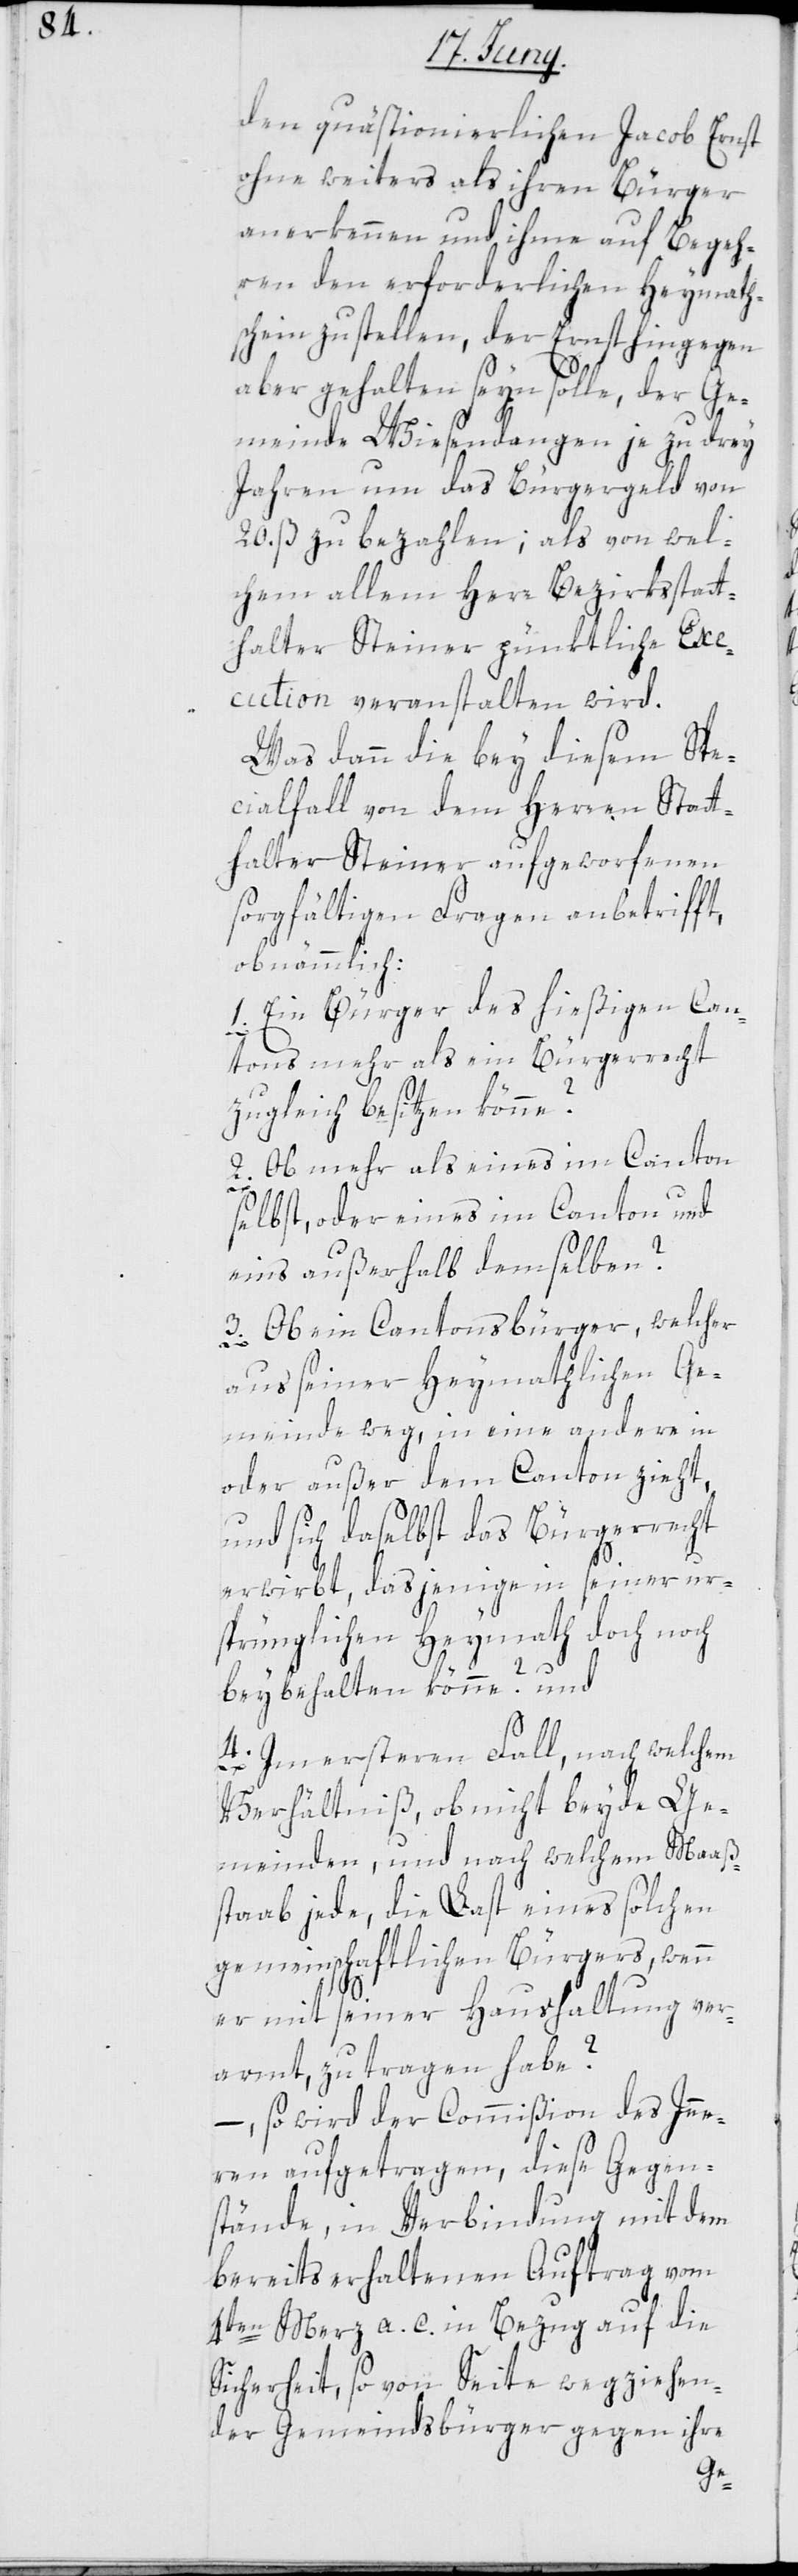
den quästionierlichen Jacob Ernst
ohne weiters als ihren Bürger
anerkennen und ihme auf Begeh¬
ren den erforderlichen Heymath¬
schein zustellen, der Ernst hingegen
aber gehalten seyn solle, der Ge¬
meinde Wiesendangen je zu drey
Jahren um das Bürgergeld von
20. ß zu bezahlen; als von wel¬
chem allem Herr Bezirksstatt¬
halter Steiner pünktliche Ex¬
ecution veranstalten wird.
Was dann die bey diesem Spe¬
cialfall von dem Herren Statt¬
halter Steiner aufgeworfenen
sorgfältigen Fragen anbetrifft,
ob nämmlich:
1. Ein Bürger des hießigen Can¬
tons mehr als ein Bürgerrecht
zugleich besitzen könne?
2. Ob mehr als eines im Canton
selbst, oder eines im Canton und
eins außerhalb demselben?
3. Ob ein Cantonsbürger, welcher
aus seiner heymathlichen Ge¬
meinde weg, in eine andere in
oder außer dem Canton zieht,
und sich daselbst das Bürgerrecht
erwirbt, dasjenige in seiner ur¬
sprünglichen Heymath doch noch
beybehalten könne? und
4. Im ersteren Fall, nach welchem
Verhältniß, ob nicht beyde Ge¬
meinden, und nach welchem Maaß¬
staab jede, die Last eines solchen
gemeinschaftlichen Bürgers, wenn
er mit seiner Haushaltung ver¬
armt, zu tragen habe?
so wird der Commißion des Inne¬
rn aufgetragen, diese Gegen¬
stände in Verbindung mit dem
bereits erhaltenen Auftrag vom
4ten Merz a. c. in Bezug auf die
Sicherheit, so von Seite wegziehen¬
der Gemeindsbürger gegen ihre